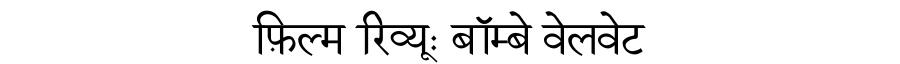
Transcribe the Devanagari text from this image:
फ़िल्म रिव्यूः बॉम्बे वेलवेट